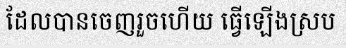
ដែលបានចេញរួចហើយ ធ្វើឡើងស្រប